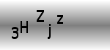
Text: 3HZjz